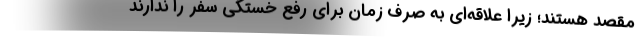
مقصد هستند؛ زیرا علاقه‌ای به صرف زمان برای رفع خستگی سفر را ندارند